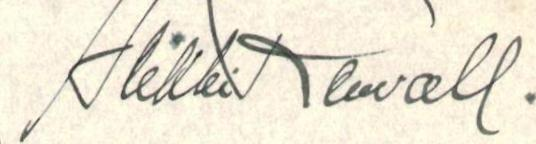
Heikki Renvall.